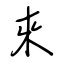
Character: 來